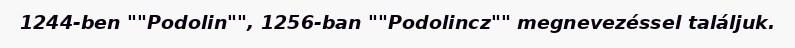
1244-ben ""Podolin"", 1256-ban ""Podolincz"" megnevezéssel találjuk.